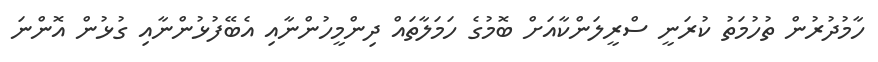
ހާމުދުރުން ތުހުމަތު ކުރަނީ ސްރީލަންކާއަށް ބޮމުގެ ހަމަލާތައް ދިންމީހުންނާއި އެބޭފުޅުންނާއި ގުޅުން އޮންނަ